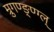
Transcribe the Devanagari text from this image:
म्रुगण्ङ्ण्ग्ल्